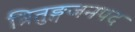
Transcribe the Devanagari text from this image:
त्रितुङ्गजनपद